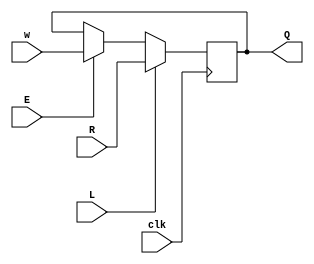
module top_module (
    input clk,
    input w, R, E, L,
    output Q
);
    wire w1,w2;
    always @(posedge clk) begin
        Q<=L?R:(E?w:Q);
    end

endmodule